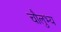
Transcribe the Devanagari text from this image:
चौलुभ्य